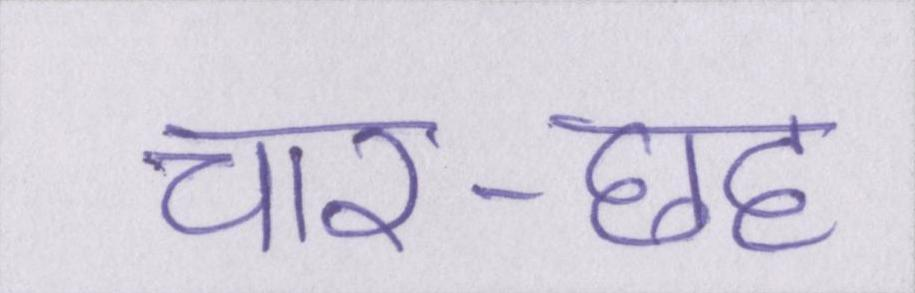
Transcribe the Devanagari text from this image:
चार-छह